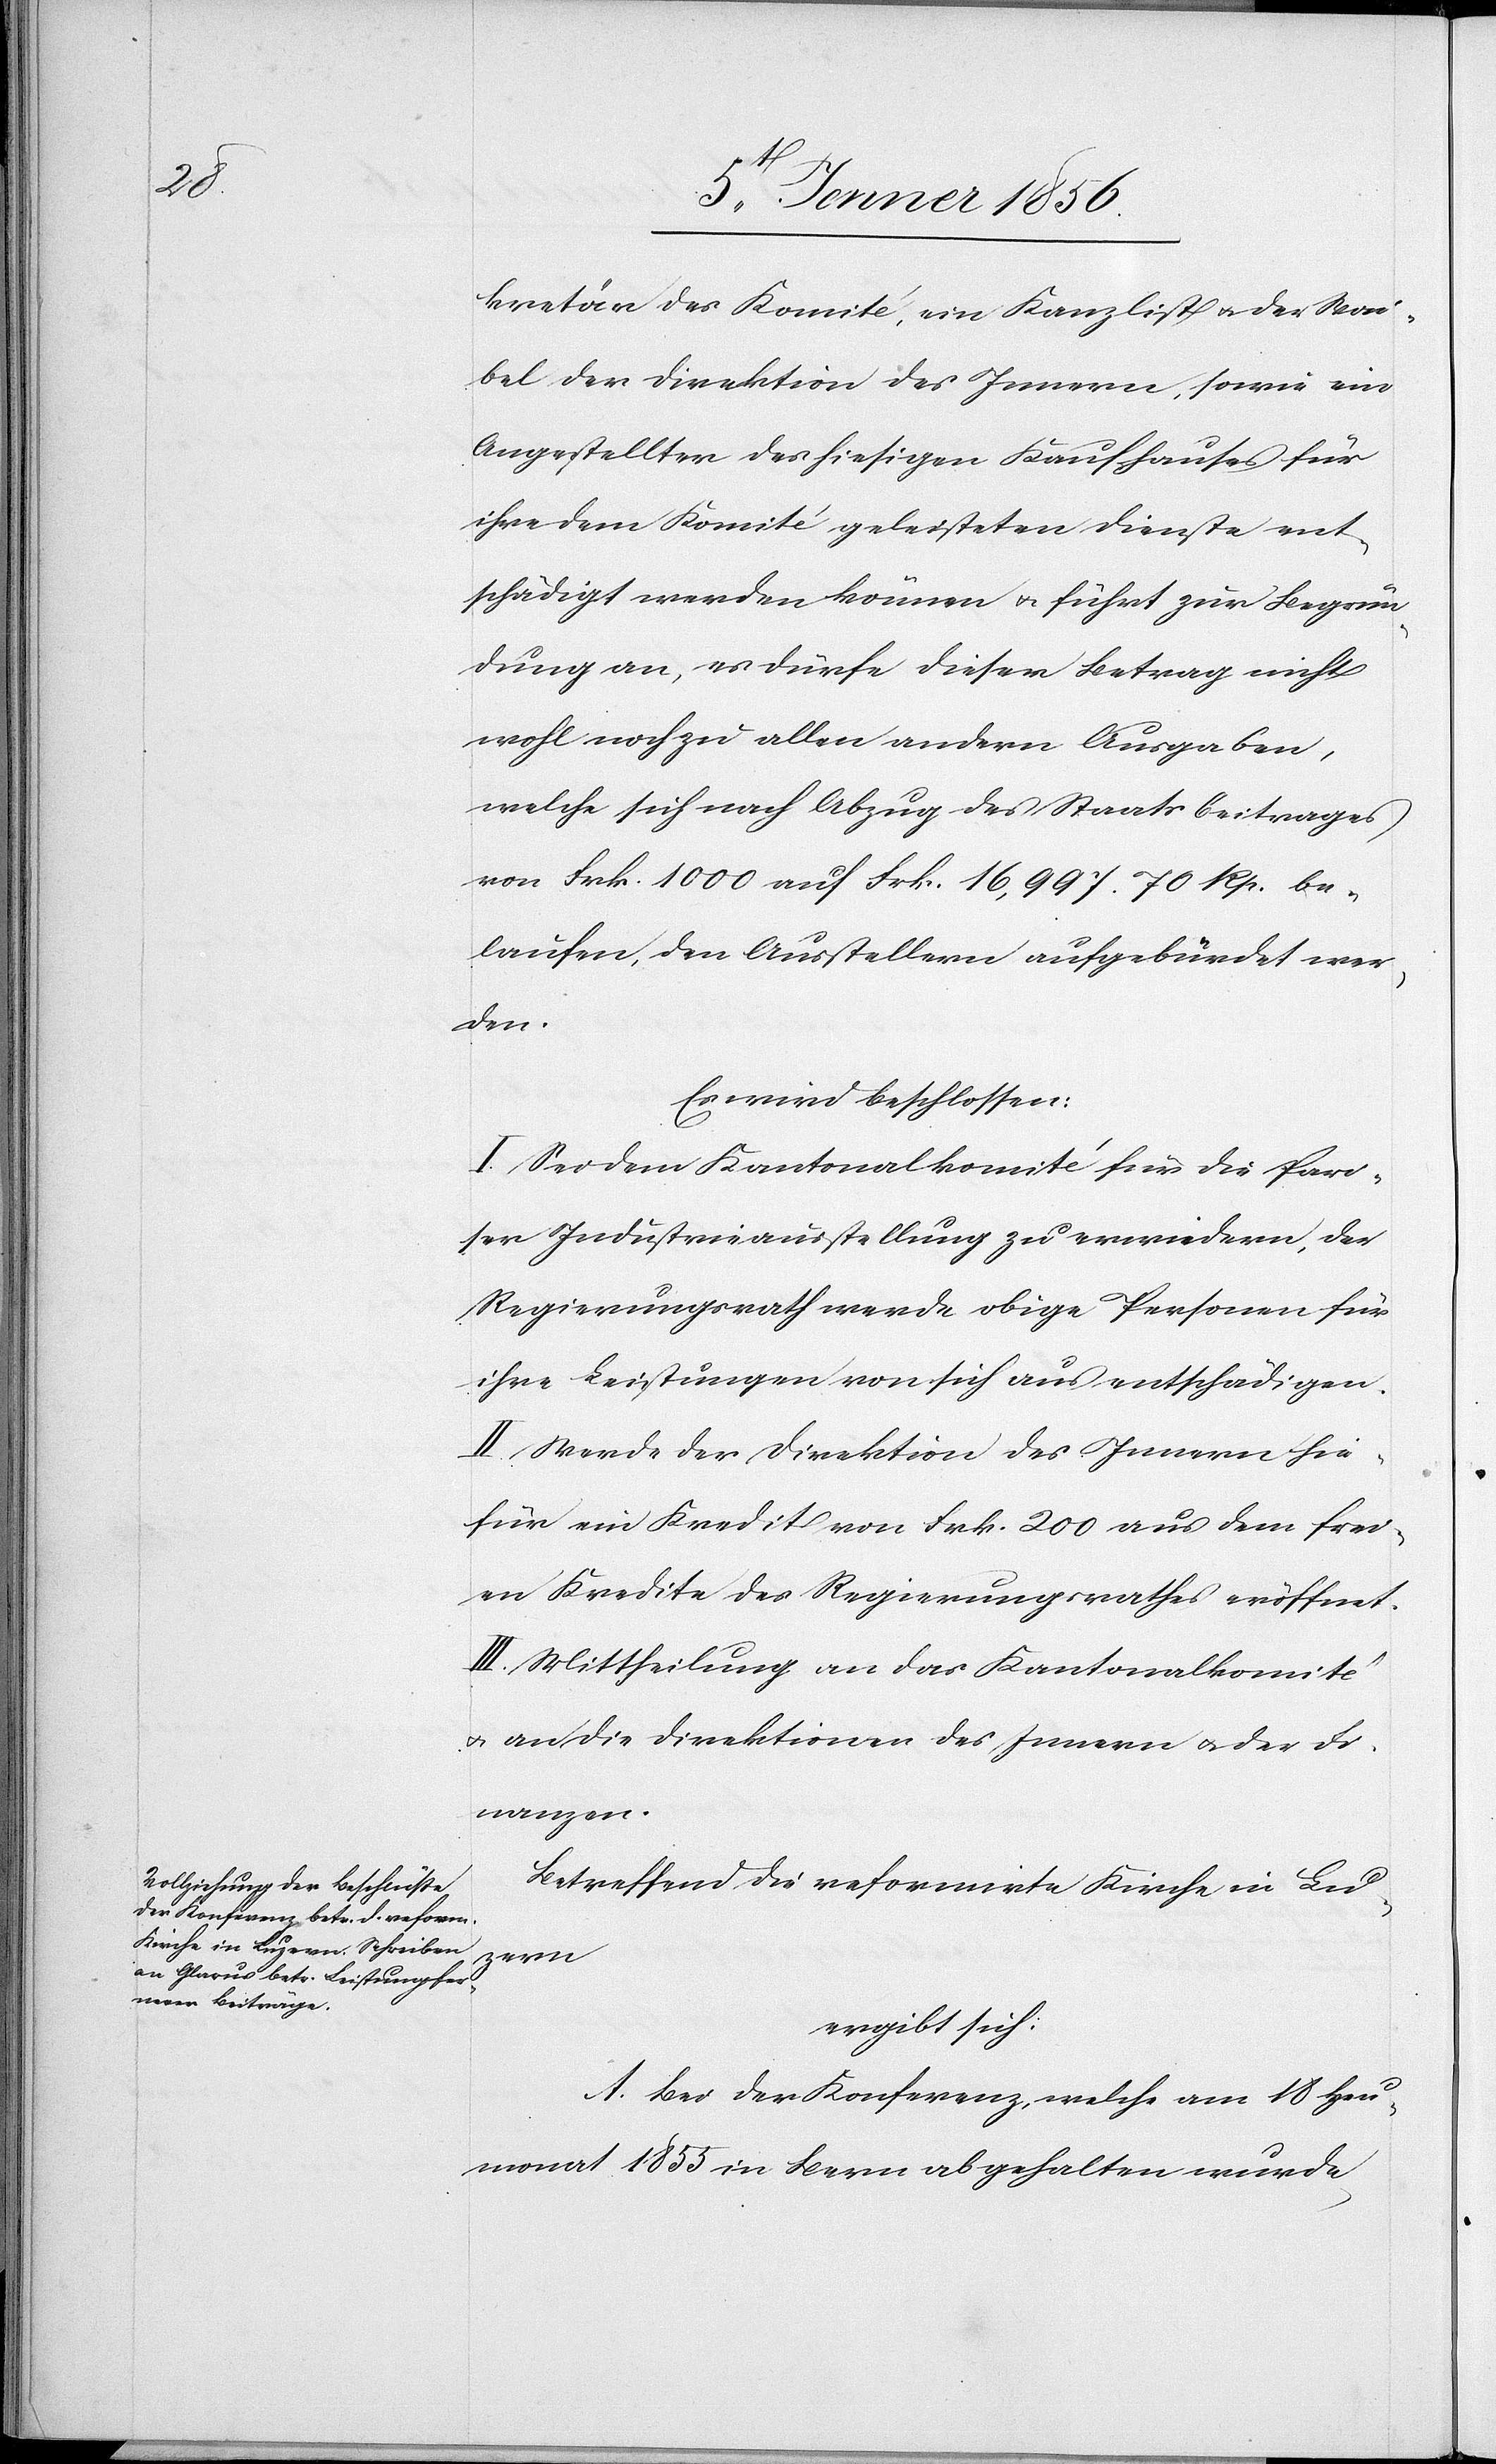
kretär des Komité, ein Kanzlist u. der Wai¬
bel der Direktion des Innern, sowie ein
Angestellter des hiesigen Kaufhauses für
ihre dem Komité geleisteten Dienste ent¬
schädigt werden können u. führt zur Begrün¬
dung an, es dürfe dieser Betrag nicht
wohl noch zu allen andern Ausgaben,
welche sich nach Abzug des Staatsbeitrages
von Frk. 1000 auf Frk. 16,997.70 Rp. be¬
laufen, den Ausstellern aufgebürdet wer¬
den.
Es wird beschlossen:
I. Sei dem Kantonalkomité für die Pari¬
ser Industrieausstellung zu erwiedern, der
Regierungsrath werde obige Personen für
ihre Leistungen von sich aus entschädigen.
II. Werde der Direktion des Innern hie¬
für ein Kredit von Frk. 200 aus dem frei¬
en Kredite des Regierungsrathes eröffnet.
III. Mittheilung an das Kantonalkomité
u. an die Direktionen des Innern u. der Fi¬
nanzen.
Betreffend die reformirte Kirche in Lu¬
zern
ergibt sich:
A. Bei der Konferenz, welche am 18 Heu¬
monat 1855 in Bern abgehalten wurde,